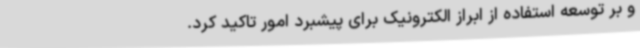
و بر توسعه استفاده از ابراز الکترونیک برای پیشبرد امور تاکید کرد.